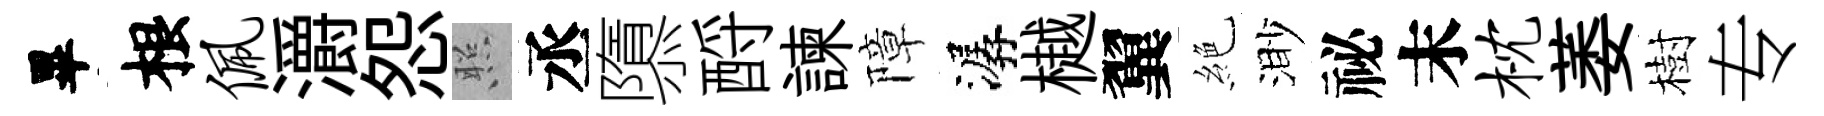
畢根佩灂怨照丞隳酹諫障潺樾翼絶渺祕末枕萎樹专